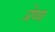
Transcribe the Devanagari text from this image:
प्रेष्ण